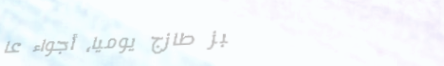
خبز طازج يومياً، أجواء عا